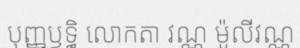
បុញ្ញឫទ្ធិ លោកតា វណ្ណ ម៉ូលីវណ្ណ